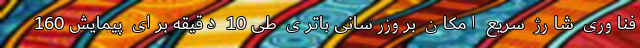
فناوری شارژ سریع امکان بروزرسانی باتری طی 10 دقیقه برای پیمایش 160